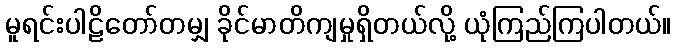
မူရင်းပါဠိတော်တမျှ ခိုင်မာတိကျမှုရှိတယ်လို့ ယုံကြည်ကြပါတယ်။